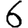
Digit: 6